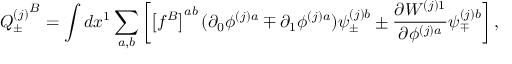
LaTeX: { Q _ { \pm } ^ { ( j ) } } ^ { B } = \int d x ^ { 1 } \sum _ { a , b } \left[ \left[ f ^ { B } \right] ^ { a b } ( \partial _ { 0 } \phi ^ { ( j ) a } \mp \partial _ { 1 } \phi ^ { ( j ) a } ) \psi _ { \pm } ^ { ( j ) b } \pm \frac { \partial W ^ { ( j ) 1 } } { \partial \phi ^ { ( j ) a } } \psi _ { \mp } ^ { ( j ) b } \right] ,